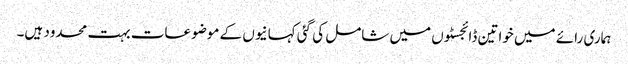
ہماری رائے میں خواتین ڈائجسٹوں میں شامل کی گئی کہانیوں کے موضوعات بہت محدود ہیں۔